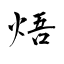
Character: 焐